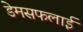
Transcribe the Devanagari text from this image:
डेमसफलाई